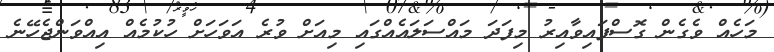
މަހެއް ވެގެން ގޮސްފައިވާއިރު މިފަދަ މައްސަަލައެއްގައި މިއަށް ވުރެ އަވަހަށް ހުކުމެއް އިއްވަންޖެހޭނެ